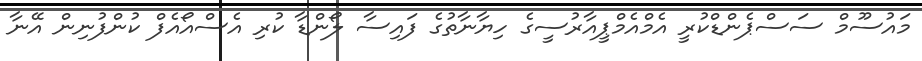
މައުސޫމް ސަސްޕެންޑްކުރީ އެމްއެމްޕީއާރުސީގެ ހިޔާނާތުގެ ފައިސާ ލޯންޑާ ކުރި އެސްއޯއެފް ކުންފުނިން އޭނާ